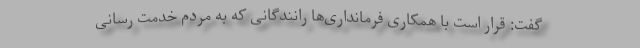
گفت: قرار است با همکاری فرمانداری‌ها رانندگانی که به مردم خدمت رسانی